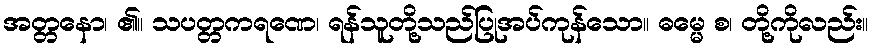
အတ္တနော၊ ၏။ သပတ္တကရဏေ၊ ရန်သူတို့သည်ပြုအပ်ကုန်သော။ ဓမ္မေ စ၊ တို့ကိုလည်း။